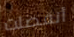
أنفصلت